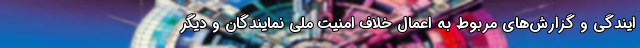
ایندگی و گزارش‌های مربوط به اعمال خلاف امنیت ملی نمایندگان و دیگر